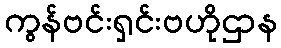
ကွန်ဗင်းရှင်းဗဟိုဌာန